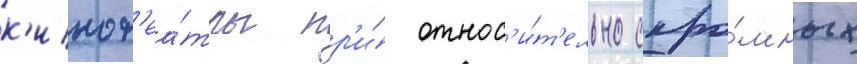
к'инот'еа́тры пр'и́ относ'и́т'ельно скро́мных